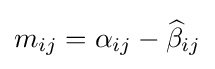
m_{ij}=\alpha _{ij}-{\widehat {\beta }}_{ij}